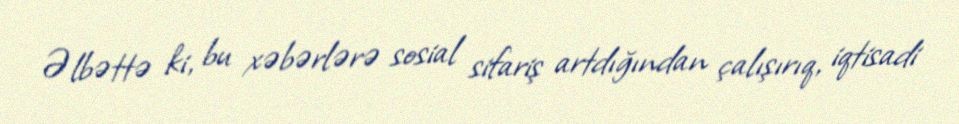
Əlbəttə ki, bu xəbərlərə sosial sifariş artdığından çalışırıq, iqtisadi